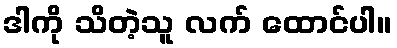
ဒါကို သိတဲ့သူ လက် ထောင်ပါ။